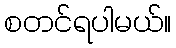
စတင်ရပါမယ်။